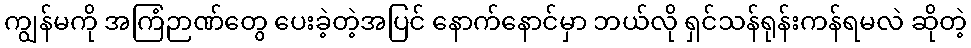
ကျွန်မကို အကြံဉာဏ်တွေ ပေးခဲ့တဲ့အပြင် နောက်နောင်မှာ ဘယ်လို ရှင်သန်ရုန်းကန်ရမလဲ ဆိုတဲ့